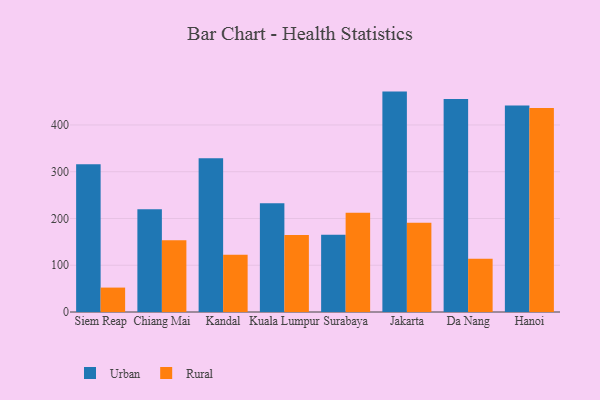
{"axis": {"x": "City", "y": "LTV (USD)"}, "legend": ["Rural", "Urban"], "data": [{"x": "Siem Reap", "y": 316.2, "type": "Urban"}, {"x": "Siem Reap", "y": 52.2, "type": "Rural"}, {"x": "Chiang Mai", "y": 219.8, "type": "Urban"}, {"x": "Chiang Mai", "y": 153.3, "type": "Rural"}, {"x": "Kandal", "y": 328.9, "type": "Urban"}, {"x": "Kandal", "y": 122.3, "type": "Rural"}, {"x": "Kuala Lumpur", "y": 232.4, "type": "Urban"}, {"x": "Kuala Lumpur", "y": 164.8, "type": "Rural"}, {"x": "Surabaya", "y": 165.1, "type": "Urban"}, {"x": "Surabaya", "y": 212.0, "type": "Rural"}, {"x": "Jakarta", "y": 471.3, "type": "Urban"}, {"x": "Jakarta", "y": 191.0, "type": "Rural"}, {"x": "Da Nang", "y": 455.4, "type": "Urban"}, {"x": "Da Nang", "y": 113.8, "type": "Rural"}, {"x": "Hanoi", "y": 441.5, "type": "Urban"}, {"x": "Hanoi", "y": 436.2, "type": "Rural"}]}